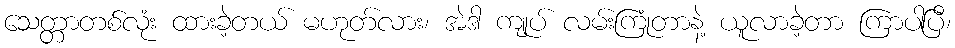
သေတ္တာတစ်လုံး ထားခဲ့တယ် မဟုတ်လား၊ အဲဒါ ကျုပ် လမ်းကြုံတာနဲ့ ယူလာခဲ့တာ ကြာပါပြီ၊